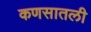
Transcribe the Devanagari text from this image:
कणसातली